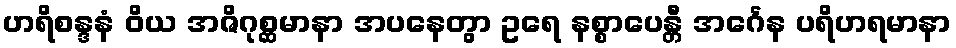
ဟရိစန္ဒနံ ဝိယ အဇိဂုစ္ဆမာနာ အပနေတွာ ဥရေ နစ္စာပေန္တီ အင်္ဂေန ပရိဟရမာနာ